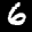
Label: 6